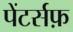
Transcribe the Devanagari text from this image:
पेंटर्सफ़